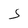
Character: S